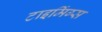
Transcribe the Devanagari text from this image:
टाइमिंग्स